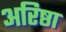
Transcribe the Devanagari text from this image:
अरिष्ठा